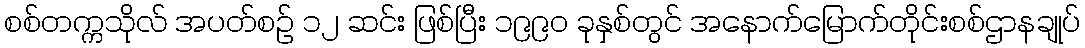
စစ်တက္ကသိုလ် အပတ်စဉ် ၁၂ ဆင်း ဖြစ်ပြီး ၁၉၉၀ ခုနှစ်တွင် အနောက်မြောက်တိုင်းစစ်ဌာနချုပ်